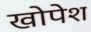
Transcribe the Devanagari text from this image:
खोपेश